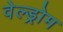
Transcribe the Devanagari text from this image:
वेल्ड्रोम